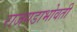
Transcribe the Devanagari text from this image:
राजगडाभोवती